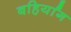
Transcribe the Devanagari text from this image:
बहिर्यांग